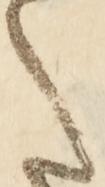
た